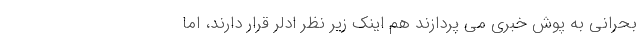
بحرانی به پوش خبری می پردازند هم اینک زیر نظر ادلر قرار دارند، اما